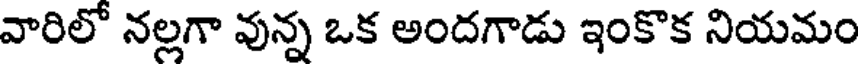
వారిలో నల్లగా వున్న ఒక అందగాడు ఇంకొక నియమం